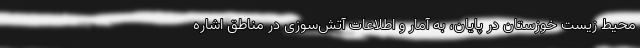
محیط ‌زیست خوزستان در پایان، به آمار و اطلاعات آتش‌سوزی در مناطق اشاره